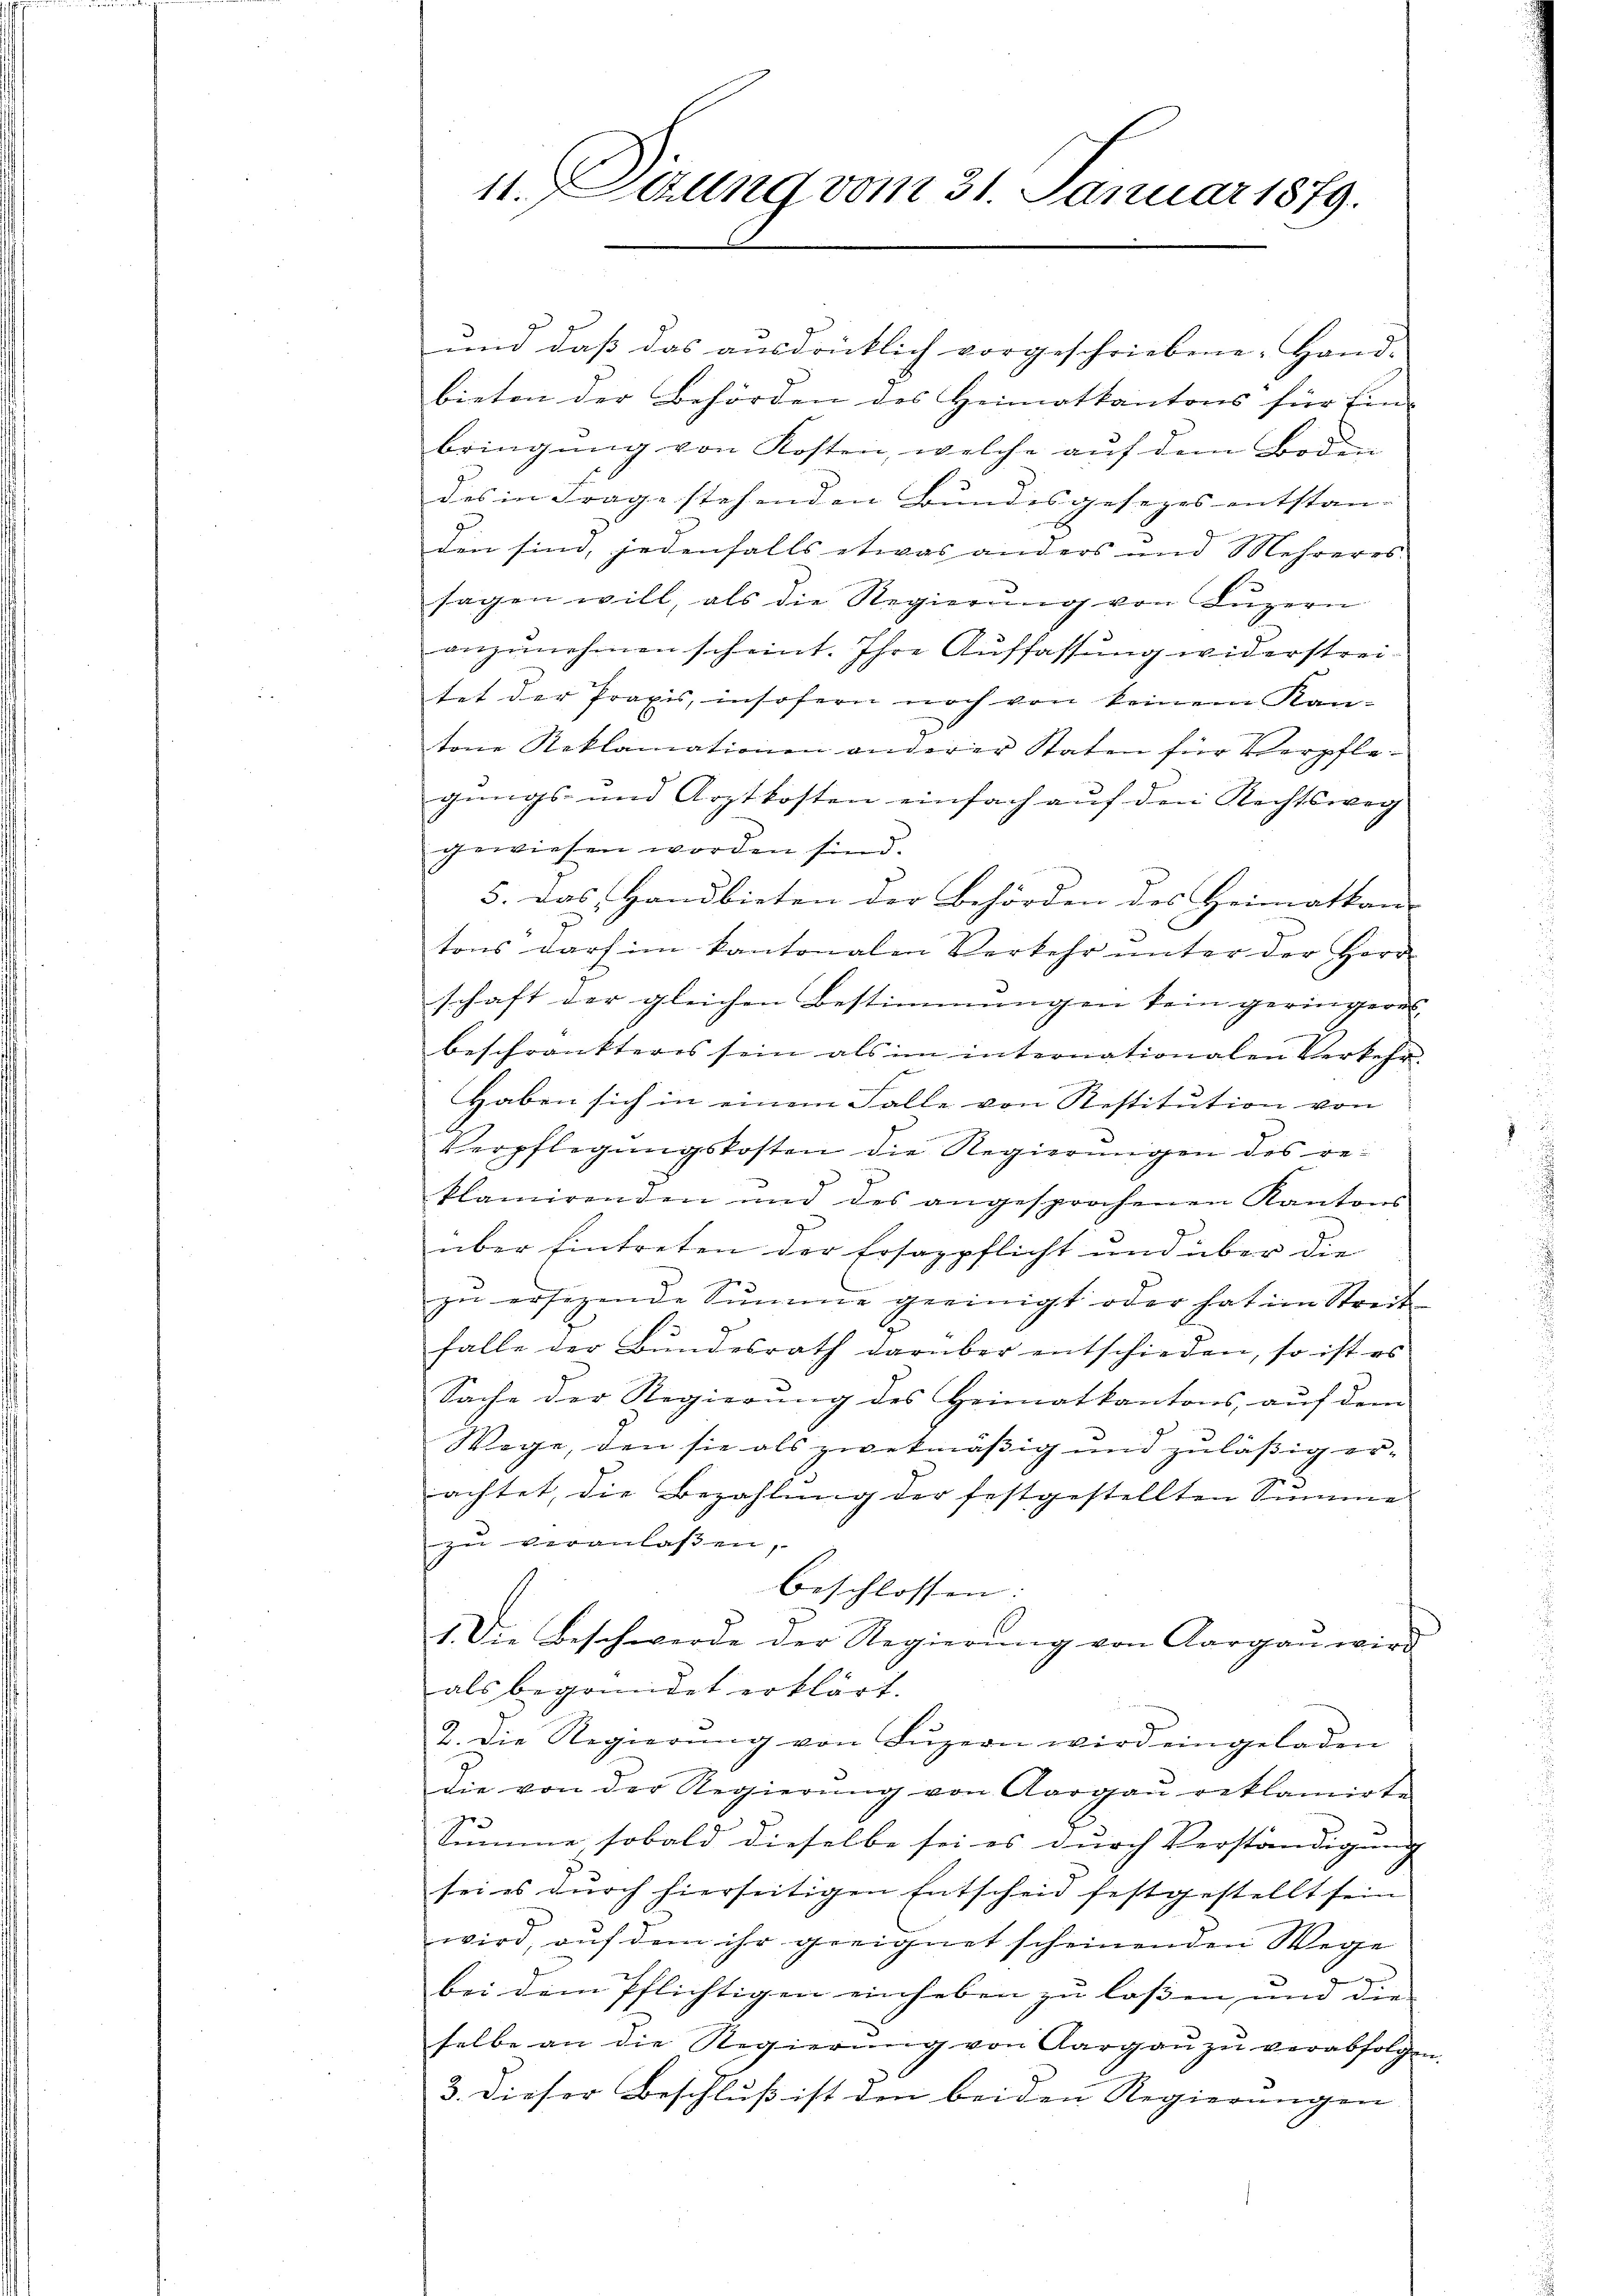
11. Sizung vom 31. Januar 1879.

und daß das ausdrücklich vorgeschriebene Hand-
bieten der Behörden des Heimatkantons für Ein-
bringung von Kosten, welche auf dem Boden
des in Frage stehenden Bundesgesezes entstan-
7
den sind, jedenfalls etwas anders und Mehreres.
sagen will, als die Regierŭng von Lŭzern
anzunehmen scheint. Ihre Auffassung widerstreitet der Praxis, insofern noch von keinem Kan-
tone Reklamationen anderer Staten für Verpflegungs- und Arztkosten einfach auf den Rechtsweg
gewiesen worden sind.
5. Das Handbieten der Behörden des Heimatkan
)
tons darf im kantonalen Verkehr ŭnter der Herr
schaft der gleichen Bestimmungen kein geringere

beschränkteres sein als im internationalen Verkehr.
Haben sich in einem Falle von Restitution von
Verpflegungskosten die Regierungen des reklamirenden und des angesprochenen Kantons
über Eintreten der Ersazpflicht und über die
zŭ ersezende Summe geeinigt oder hat im Streit
falle der Bŭndesrath darüber entschieden, so ist es
Sache der Regierung des Heimatkantons, auf dem
Wege, den sie als zwekmäßig und zuläßig er-
r
achtet, die Bezahlung der festgestellten Summe
zŭ veranlaßen,
beschlossen:
1. Die Beschwerde der Regierung von Aargau wird
als begründet erklärt.
2. Die Regierŭng von Lŭzern wird eingeladen
Die von der Regierŭng von Aargau reklamirte
7
umme, sobald dieselbe sei es durch Verständigung
sei es durch hierseitigen Entscheid festgestellt sein
wird, auf dem ihr geeignet scheinenden Wege
bei dem Pflichtigen einhaben zu lassen und die
selbe an die Regierŭng von Aargaŭ zŭ verabfolge
3. dieser Beschluß ist den beiden Regierungen